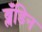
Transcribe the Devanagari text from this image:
ब्लँडिन